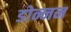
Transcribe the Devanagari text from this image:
डोन्नन